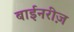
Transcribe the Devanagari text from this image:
बाईनरीज़